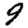
Digit: 9